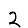
Digit: 2